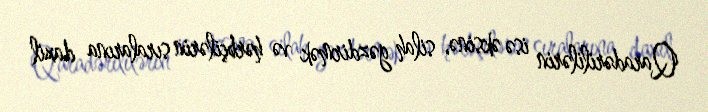
Qaradərililərin isə əksinə, silah gəzdirmək və hərbçilərin sıralarına daxil